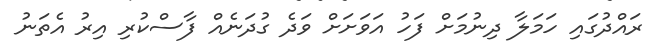
ރައްދުގައި ހަމަލާ ދިނުމަށް ފަހު އަވަށަށް ވަދެ ގުދަނެއް ފާސްކުރި އިރު އެތަނު